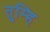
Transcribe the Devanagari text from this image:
तुम्हि